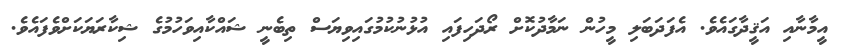
އީމާނާއި އަޤީދާގައެވެ. އެފަދަބަލި މީހުން ނަމާދުކޮށް ރޯދަހިފައި އުޅުނުކުމުގައިވިޔަސް ތިބެނީ ޝައްކާއިވަހުމުގެ ޝިކާރަޔަކަށްވެފައެވެ.